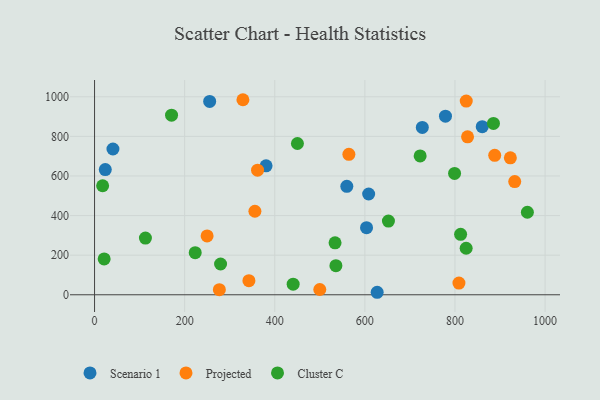
{"axis": {"x": "Price", "y": "Exam Score"}, "legend": ["Cluster C", "Projected", "Scenario 1"], "data": [{"x": "23.8", "y": 632.4, "type": "Scenario 1"}, {"x": "627.3", "y": 12.6, "type": "Scenario 1"}, {"x": "40.8", "y": 736.4, "type": "Scenario 1"}, {"x": "255.5", "y": 976.8, "type": "Scenario 1"}, {"x": "603.7", "y": 339.0, "type": "Scenario 1"}, {"x": "559.9", "y": 548.0, "type": "Scenario 1"}, {"x": "860.5", "y": 849.3, "type": "Scenario 1"}, {"x": "778.9", "y": 902.1, "type": "Scenario 1"}, {"x": "727.5", "y": 845.5, "type": "Scenario 1"}, {"x": "380.7", "y": 651.3, "type": "Scenario 1"}, {"x": "608.4", "y": 508.9, "type": "Scenario 1"}, {"x": "932.6", "y": 571.9, "type": "Projected"}, {"x": "342.6", "y": 71.0, "type": "Projected"}, {"x": "808.8", "y": 59.3, "type": "Projected"}, {"x": "361.8", "y": 629.3, "type": "Projected"}, {"x": "329.3", "y": 985.2, "type": "Projected"}, {"x": "277.0", "y": 25.7, "type": "Projected"}, {"x": "827.9", "y": 797.9, "type": "Projected"}, {"x": "564.5", "y": 709.3, "type": "Projected"}, {"x": "355.9", "y": 421.8, "type": "Projected"}, {"x": "888.2", "y": 704.6, "type": "Projected"}, {"x": "499.9", "y": 26.5, "type": "Projected"}, {"x": "249.8", "y": 297.2, "type": "Projected"}, {"x": "825.0", "y": 978.3, "type": "Projected"}, {"x": "922.9", "y": 691.8, "type": "Projected"}, {"x": "535.7", "y": 147.1, "type": "Cluster C"}, {"x": "440.8", "y": 53.7, "type": "Cluster C"}, {"x": "652.3", "y": 372.1, "type": "Cluster C"}, {"x": "960.7", "y": 416.9, "type": "Cluster C"}, {"x": "21.3", "y": 181.0, "type": "Cluster C"}, {"x": "223.4", "y": 212.8, "type": "Cluster C"}, {"x": "450.3", "y": 764.1, "type": "Cluster C"}, {"x": "112.9", "y": 286.6, "type": "Cluster C"}, {"x": "170.9", "y": 907.2, "type": "Cluster C"}, {"x": "722.7", "y": 701.4, "type": "Cluster C"}, {"x": "17.9", "y": 550.6, "type": "Cluster C"}, {"x": "812.5", "y": 305.2, "type": "Cluster C"}, {"x": "279.7", "y": 155.5, "type": "Cluster C"}, {"x": "824.8", "y": 234.9, "type": "Cluster C"}, {"x": "799.1", "y": 612.9, "type": "Cluster C"}, {"x": "533.8", "y": 262.2, "type": "Cluster C"}, {"x": "885.4", "y": 865.4, "type": "Cluster C"}]}